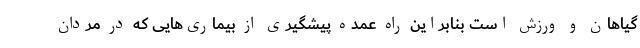
گیاهان و ورزش است بنابراین راه عمده پیشگیری از بیماری‌هایی که در مردان